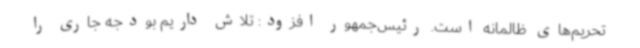
تحریم‌های ظالمانه است. رئیس‌جمهور افزود: تلاش داریم بودجه جاری را